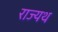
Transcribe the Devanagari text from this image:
राज्यथ